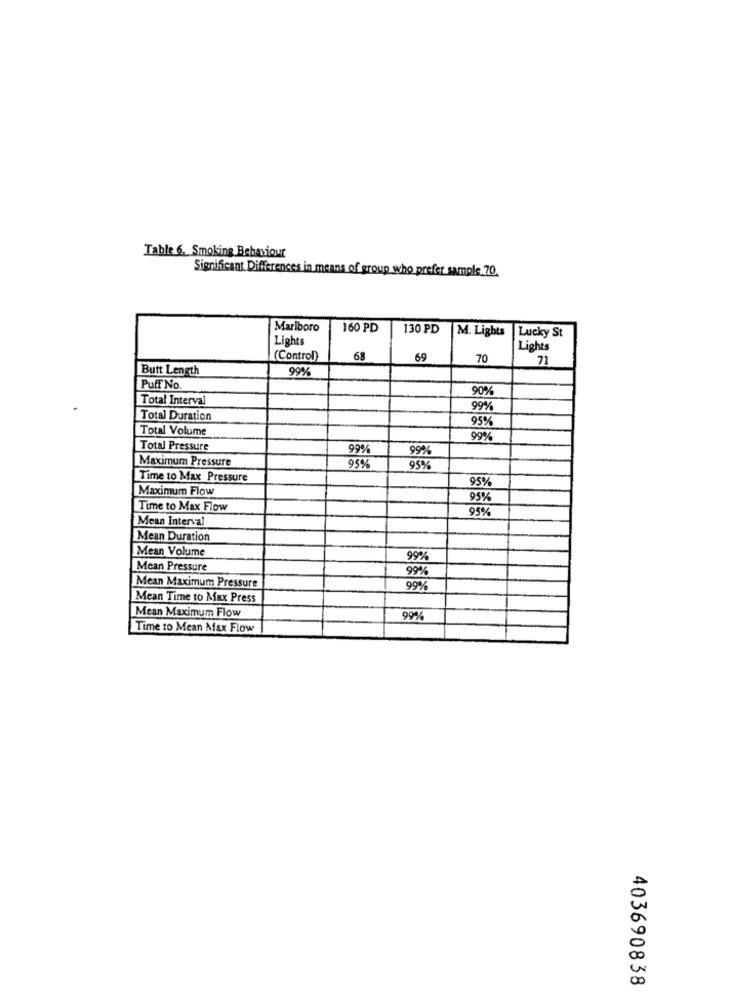
Table 6. Smoking Behaviour
Significant Differences in means of group who prefer sample 70.
Marlboro
160 PD
130 PD M. Lights
Lights
Lucky St
Lights
(Control)
68
69
70
71
Butt Length
99%
Puff No
90%
Total Interval
99%
Total Duration
95%
Total Volume
99%
Total Pressure
99%
99%
Maximum Pressure
95%
95%
Time to Max Pressure
95%
Maximum Flow
95%
Time to Max Flow
95%
Mean Interval
Mean Duration
Mean Volume
99%
Mean Pressure
99%
Mean Maximum Pressure
99%
Mean Time to Max Press
Mean Maximum Flow
99%
Time to Mean Max Flow
403690838